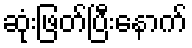
ဆုံးဖြတ်ပြီးနောက်